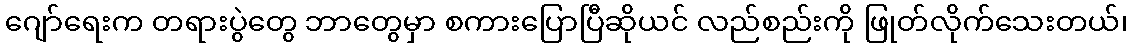
ဂျော်ရေးက တရားပွဲတွေ ဘာတွေမှာ စကားပြောပြီဆိုယင် လည်စည်းကို ဖြုတ်လိုက်သေးတယ်၊